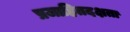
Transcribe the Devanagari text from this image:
प्रजाहितदक्षता